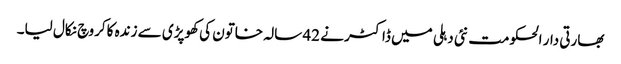
بھارتی دار الحکومت نئی دہلی میں ڈاکٹر نے 42 سالہ خاتون کی کھوپڑی سے زندہ کاکروچ نکال لیا۔